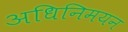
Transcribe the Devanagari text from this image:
अधिनिमयन